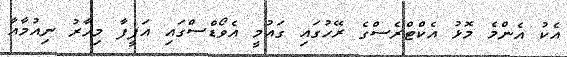
އެކު އެންމެ މޮޅު އެކްޓްރެސްގެ ރޭހުގައި ގައުމީ އެވޯޑްސްގައި އަފީފާ މިހާރު ނިއުމާއާ